Vaccination in Bombay 1874-1876 - 1874-1876
Year: 1874
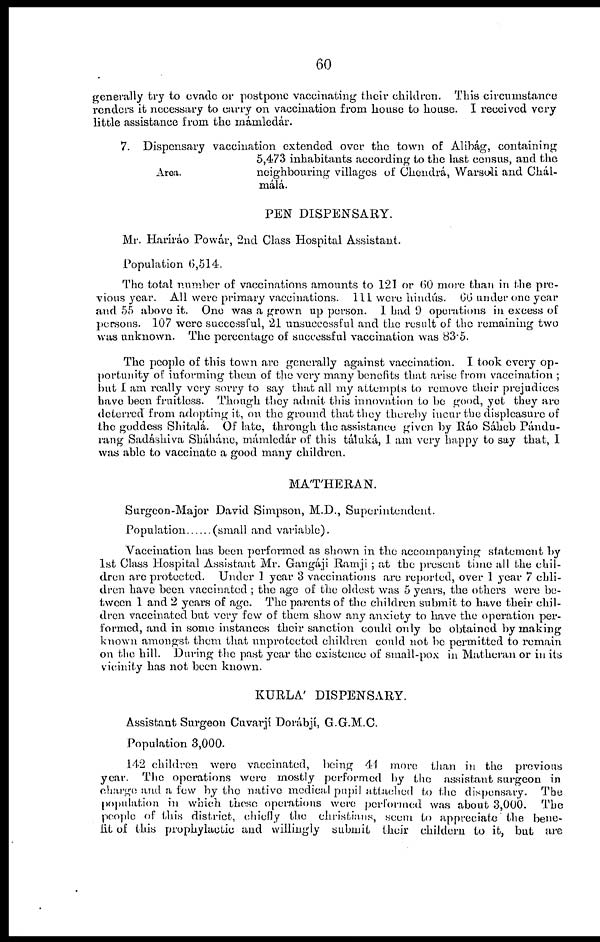
60
generally try to evade or postpone vaccinating their children. This circumstance
renders it necessary to carry on vaccination from house to house. I received very
little assistance from the mámledár.
Area.
7. Dispensary vaccination extended over the town of Alibág, containing
5,473 inhabitants according to the last census, and the
neighbouring villages of Chendrá, Warsoli and Chál¬
málá.
PEN DISPENSARY.
Mr. Haríráo Powár, 2nd Class Hospital Assistant.
Population 6,514.
The total number of vaccinations amounts to 121 or 60 more than in the pre-
vious year. All were primary vaccinations. 111 were hindús. 66 under one year
and 55 above it. One was a grown up person. 1 had 9 operations in excess of
persons. 107 were successful, 21 unsuccessful and the result of the remaining two
was unknown. The percentage of successful vaccination was 83.5.
The people of this town are generally against vaccination. I took every op-
portunity of informing them of the very many benefits that arise from vaccination ;
but I am really very sorry to say that all my attempts to remove their prejudices
have been fruitless. Though they admit this innovation to be good, yet they are
deterred from adopting it, on the ground that they thereby incur the displeasure of
the goddess Shitalá. Of late, through the assistance given by Ráo Sáheb Pándu¬
rang Sadáshiva Sháháne, mámledár of this táluká, I am very happy to say that, I
was able to vaccinate a good many children.
MÁT'HERAN.
Surgeon-Major David Simpson, M.D., Superintendent.
Population
(small and variable).
Vaccination has been performed as shown in the accompanying statement by
1st Class Hospital Assistant Mr. Gangáji Ramji ; at the present time all the chil-
dren are protected. Under 1 year 3 vaccinations are reported, over 1 year 7 chli-
dren have been vaccinated ; the age of the oldest was 5 years, the others were be-
tween 1 and 2 years of age. The parents of the children submit to have their chil-
dren vaccinated but very few of them show any anxiety to have the operation per-
formed, and in some instances their sanction could only be obtained by making
known amongst them that unprotected children could not be permitted to remain
on the hill. During the past year the existence of small-pox in Matheran or in its
vicinity has not been known.
KURLA' DISPENSARY.
Assistant Surgeon Cuvarjí Dorábjí, G.G.M.C.
Population 3,000.
142 children were vaccinated, being 44 more than in the previous
year. The operations were mostly performed by the assistant surgeon in
charge and a few by the native medical pupil attached to the dispensary. The
population in which these operations were performed was about 3,000. The
people of this district, chiefly the christians, seem to appreciate the bene-
fit of this prophylactic and willingly submit their childern to it, but are